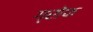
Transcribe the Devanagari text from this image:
ग्रोफ